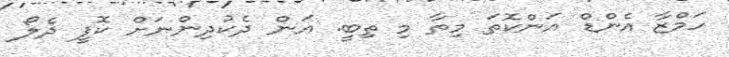
ހަމްޒާ އެންޑް އަންކޮތަ މިތާ މި ތިބީ. އަން ދެކުދިންނަށް ކޮފީ ދެލޯ